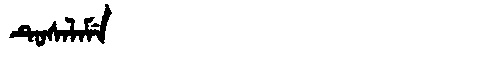
Manchu: ᡨᡠᠰᠠᠯᠠᠮᡝ
Romanization: TUSALAME